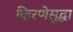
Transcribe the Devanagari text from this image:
किरणेसुद्धा